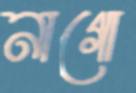
নাগো